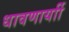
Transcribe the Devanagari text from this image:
धावणार्याी